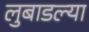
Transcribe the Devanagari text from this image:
लुबाडल्या